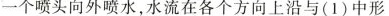
一个喷头向外喷水,水流在各个方向上沿与(1)中形